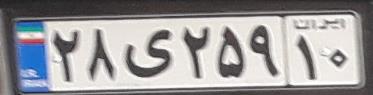
۲۸ی۲۵۹۱۰